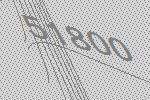
51800